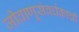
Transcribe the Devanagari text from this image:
जीवाणूसंवर्धकाची